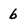
Character: b